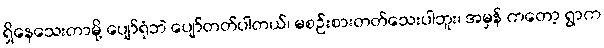
ရှိနေသေးတာမို့ ပျော်ရုံဘဲ ပျော်တတ်ပါတယ်၊ မစဉ်းစားတတ်သေးပါဘူး၊ အမှန် ကတော့ ရွာက